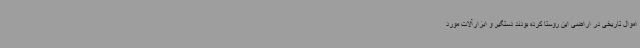
اموال تاریخی در اراضی این روستا کرده بودند دستگیر و ابزارآلات مورد